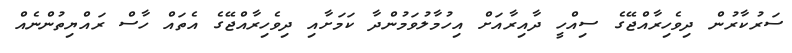
ސަރުކާރުން ދިވެހިރާއްޖޭގެ ސިއްހީ ދާއިރާއަށް އިހުމާލުވަމުންދާ ކަމަށާއި ދިވެހިރާއްޖޭގެ އެތައް ހާސް ރައްޔިތުންނެއް